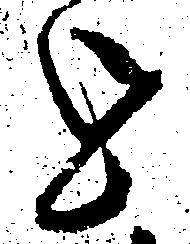
を